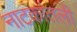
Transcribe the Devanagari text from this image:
नाटकांतली